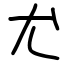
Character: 尤